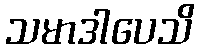
သမာဒါပေသိ